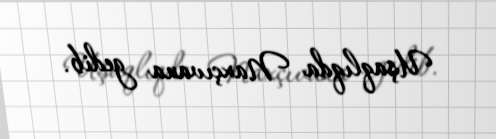
Uşaqlıqda Naxçıvana gedib.